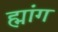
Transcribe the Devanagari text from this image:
ह्मांग